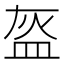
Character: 盔